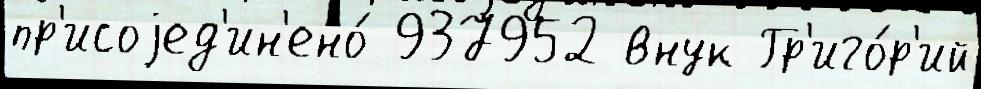
пр'исоjед'ин'ено́ 937952 внук Гр'иго́р'ий